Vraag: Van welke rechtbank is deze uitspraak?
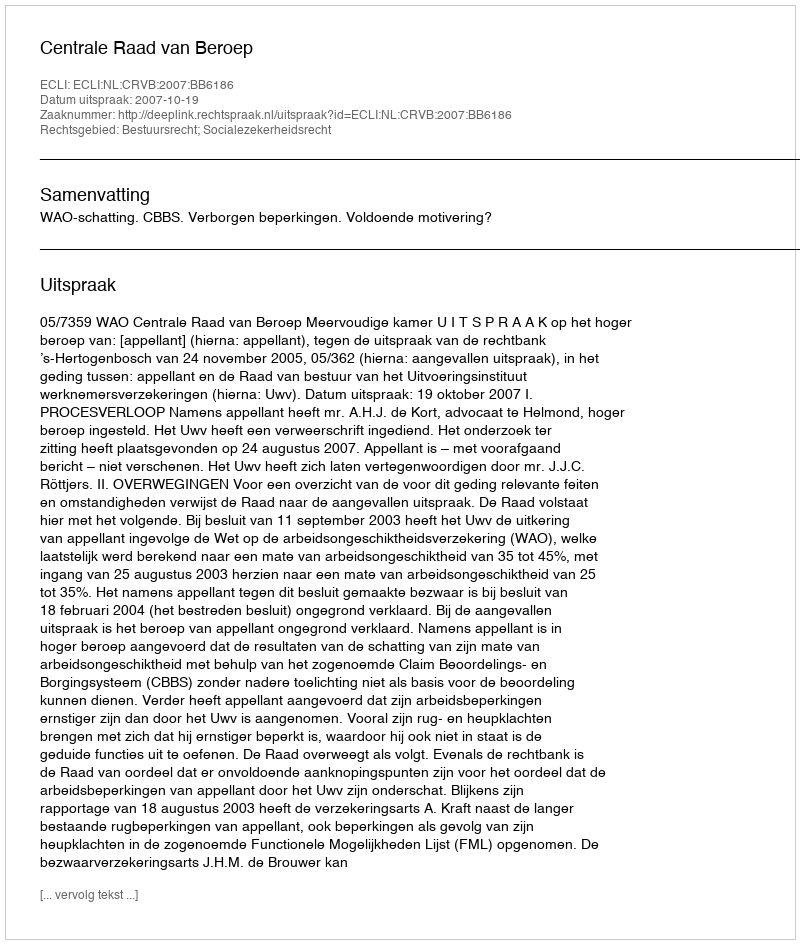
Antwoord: Centrale Raad van Beroep